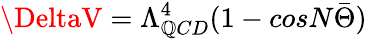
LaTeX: \DeltaV=\Lambda_{\mathbb{Q}CD}^{4}(1-cosN\bar{{\Theta}})